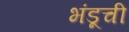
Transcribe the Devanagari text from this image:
भंडूची